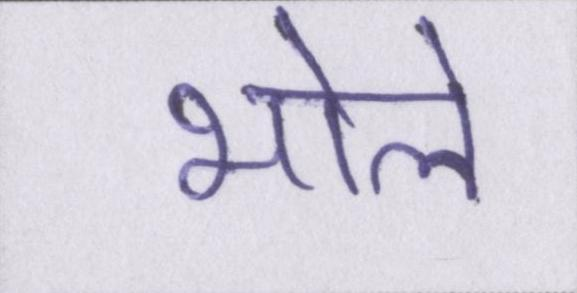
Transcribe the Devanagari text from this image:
भोले